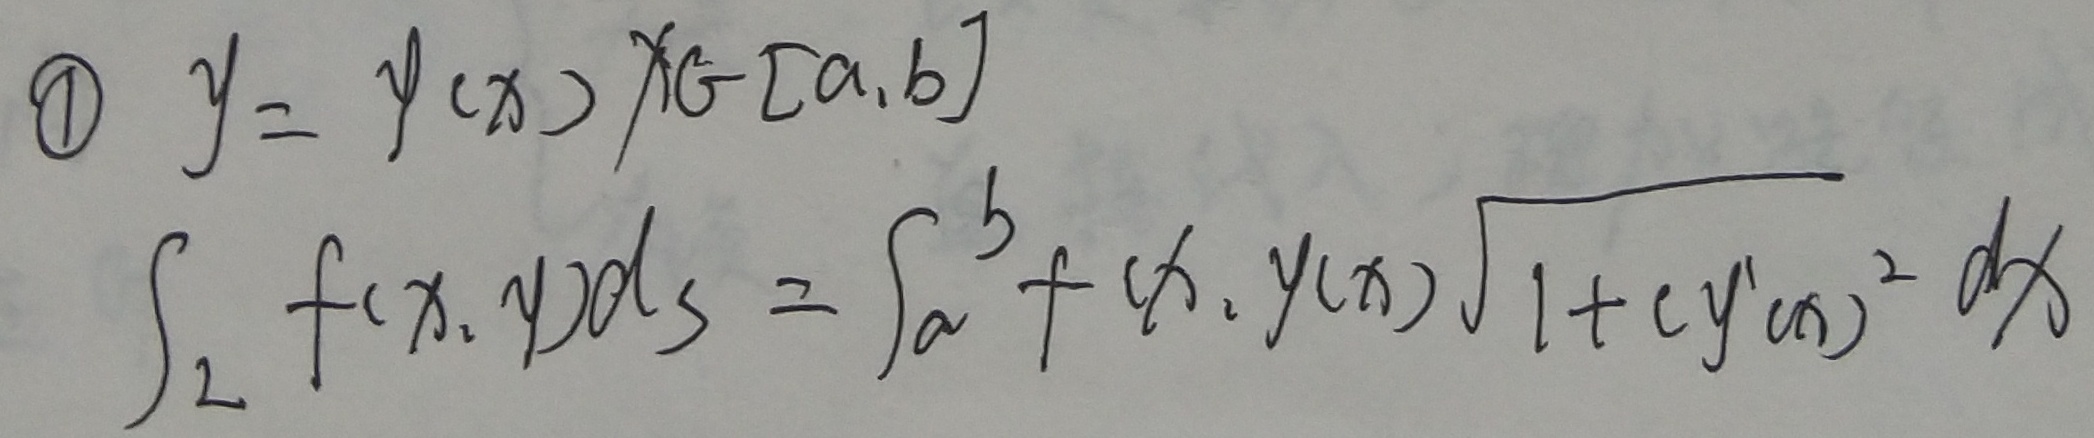
\textcircled{1} \(y = y(x),x\in[a,b]\)
\[\begin{align*}
\int_{L} f(x,y)\mathrm{d}s=\int_{a}^{b}f(x,y(x))\sqrt{1+(y'(x))^{2}}\mathrm{d}x
\end{align*}\]